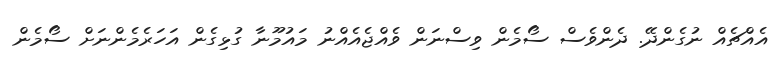
އެއްޗެއް ނުގެންދޭ. ދެންވެސް ސޯމެން ވިސްނަން ވެއްޖެއެއްނު މައުމޫނާ ގުޅިގެން އަހަރެމެންނަށް ސޯމެން